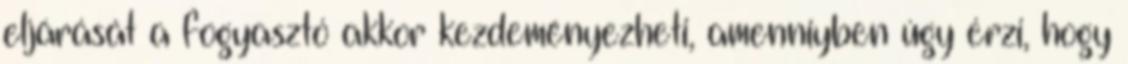
eljárását a fogyasztó akkor kezdeményezheti, amenniyben úgy érzi, hogy